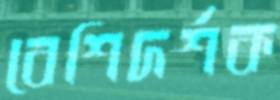
বেশিদর্শক